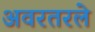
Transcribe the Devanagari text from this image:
अवरतरले